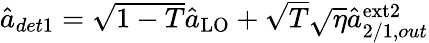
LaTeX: \begin{array}{r}{\hat{a}_{det1}=\sqrt{1-T}\hat{a}_{\mathrm{LO}}+\sqrt{T}\sqrt{\eta}\hat{a}_{2/1,out}^{\mathrm{ext2}}}\end{array}